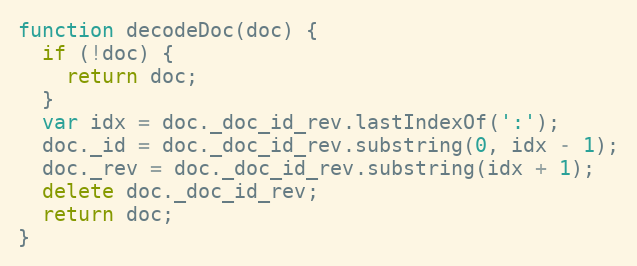
Language: JavaScript
function decodeDoc(doc) {
  if (!doc) {
    return doc;
  }
  var idx = doc._doc_id_rev.lastIndexOf(':');
  doc._id = doc._doc_id_rev.substring(0, idx - 1);
  doc._rev = doc._doc_id_rev.substring(idx + 1);
  delete doc._doc_id_rev;
  return doc;
}